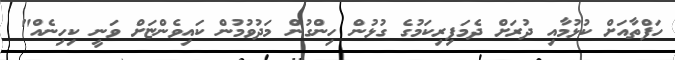
ހަފްތާއަށް ކުޅުމާއި ދުރަށް ދެމަފިރިކަމުގެ ގުޅުން ހިންގުން މަދުވުމުން ކައިވެންޏަށް ވަނީ ކިހިނެއް"